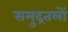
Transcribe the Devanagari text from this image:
समुद्रतलों